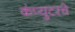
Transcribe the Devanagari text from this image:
कंप्युटरचे